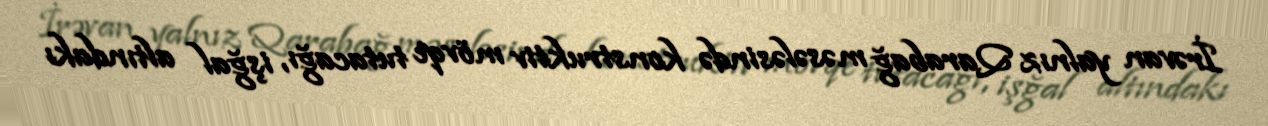
İrəvan yalnız Qarabağ məsələsində konstruktiv mövqe tutacağı, işğal altındakı